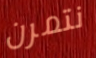
نتمرن